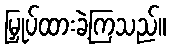
မြှုပ်ထားခဲ့ကြသည်။